Annual report on the Civil Veterinary Department, Burma (including the Insein Veterinary School) - 1923-1931
Year: 1923
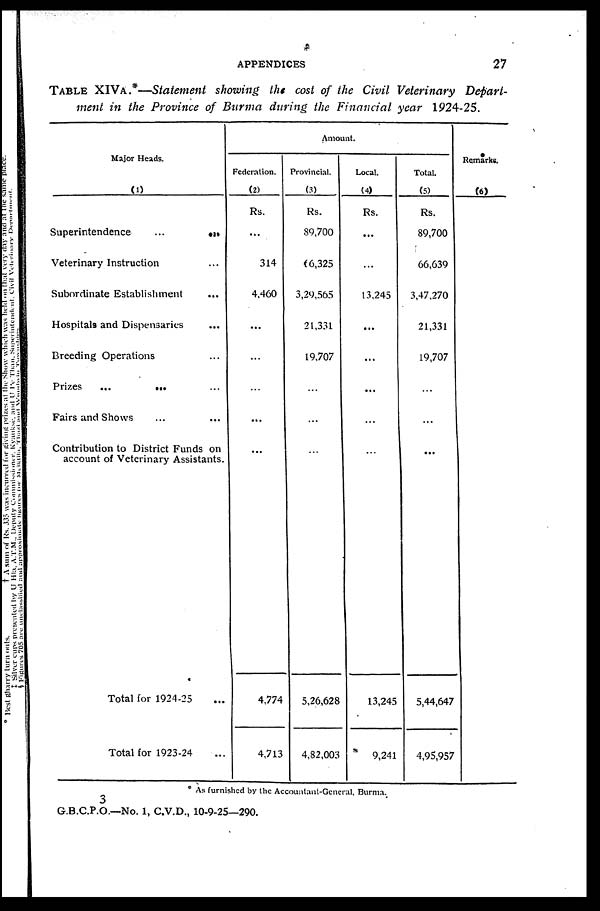
APPENDICES
27
TABLE XIVa.*—Statement showing the cost of the Civil Veterinary Depart-
ment in the Province of Burma during the Financial year 1924-25.
Major Heads.
(1)
Superintendence
...
...
Veterinary Instruction ...
Subordinate Establishment ...
Hospitals and Dispensaries ...
Breeding Operations ...
Prizes
...
...
...
Fairs and Shows ... ...
Contribution to District Funds on
account of Veterinary Assistants.
Total for 1924-25 ...
Total for 1923-24 ...
Amount.
Federation.
(2)
Rs.
...
314
4,460
...
...
...
...
...
4,774
4,713
Provincial.
(3)
Rs.
89,700
66,325
3,29,565
21,331
19,707
...
...
...
5,26,628
4,82,003
Local.
(4)
Rs.
...
...
13,245
...
...
...
...
...
13,245
9,241
Total.
(5)
Rs.
89,700
66,639
3,47,270
21,331
19,707
...
...
...
5,44,647
4,95,957
Remarks.
(6)
* As furnished by the Accountant-General, Burma.
3
G.B.C.P.O.—No. 1, C.V.D., 10-9-25—290.